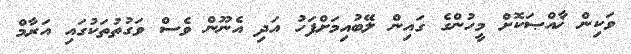
ވަކިން ޚާއްޞަކޮށް މީހުންގެ ގައިން ލޭބުއިމަށްފަހު އަދި އެނޫން ވެސް ވަގުތުތަކުގައި އަރާމް